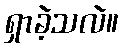
ရှာခဲ့သလဲ။